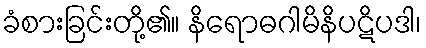
ခံစားခြင်းတို့၏။ နိရောဓဂါမိနိပဋိပဒါ၊